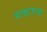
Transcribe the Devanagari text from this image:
मकतबा